Lunatic asylums in Bengal annual reports 1888-1898 - 1888-1898
Year: 1888
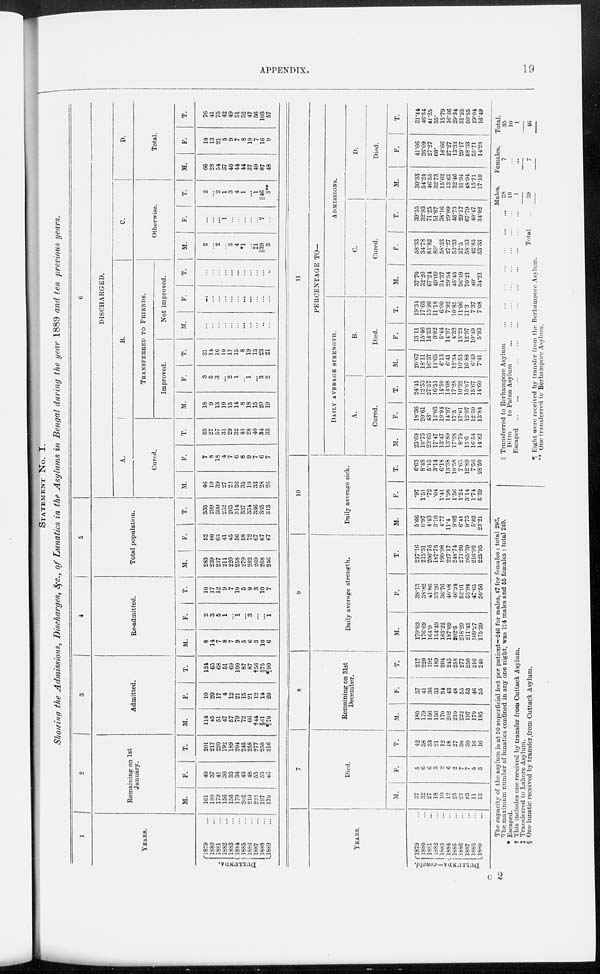
APPENDIX.
19
STATEMENT
NO. I.
Showing the Admissions, Discharges, &c., of Lunatics in the Asylums in Bengal during the year 1889 and ten previous years.
1
YEARS.
DULLUNDA.
1879 ...
1880 ...
1881 ...
1882 ...
1883 ...
1884 ...
1885 ...
1886 ...
1887 ...
1888 ...
1889 ...
2
Remaining on 1st
January.
M.
161
180
179
156
156
170
202
210
222
197
170
F.
40
37
41
36
33
34
43
48
55
53
46
T.
201
217
220
192
189
204
245
258
277
250
216
3
Admitted.
M.
114
45
51
47
57
79
72
66
†44
§61
¶70
F.
10
20
17
4
12
21
15
21
12
14
20
T.
124
65
68
51
69
100
87
87
†56
§75
¶90
4
Re-admitted.
M.
8
14
7
8
7
9
5
6
3
10
6
F.
2
3
5
1
...
1
...
3
...
...
1
T.
10
17
12
9
7
10
5
9
3
10
7
5
Total population.
M.
283
239
237
211
220
258
279
282
269
268
246
F.
52
60
63
41
45
56
58
72
67
67
67
T.
335
299
300
252
265
814
337
354
336
335
313
6
DISCHARGED.
A.
Cured.
M.
46
19
39
27
22
26
35
19
33
28
26
F.
7
8
18
4
7
6
8
9
7
6
7
T.
53
27
57
31
29
32
43
28
40
34
33
B.
TRANSFERRED TO FRIENDS.
Improved.
M.
18
9
13
10
15
14
8
18
15
20
19
F.
3
5
3
...
2
1
...
1
...
3
2
T.
21
14
16
10
17
15
8
19
15
23
21
Not improved.
M.
...
...
...
...
...
...
...
...
...
...
...
F.
...
...
...
...
...
...
...
...
...
...
...
T.
...
...
...
...
...
...
...
...
...
...
...
C.
Otherwise.
M.
2
...
2
...
3
4
*1
...
‡1
||39
3
F.
...
...
...
1
...
...
...
...
...
7
...
T.
2
...
2
1
3
4
1
...
1
||46
3**
D.
Total.
M.
66
28
54
37
40
44
44
37
49
87
48
F.
10
13
21
5
9
7
8
10
7
16
9
T.
76
41
75
42
49
51
52
47
56
103
57
YEARS.
DULLUNDA—concld.
1879 ...
1880 ...
1881 ...
1882 ...
1883 ...
1884 ...
1885 ...
1886 ...
1887 ...
1888 ...
1889 ...
7
Died.
M.
37
32
27
18
10
12
25
23
23
11
13
F.
5
6
6
3
2
6
2
7
7
5
3
T.
42
38
33
21
12
18
27
30
30
16
16
8
Remaining on 31st
December.
M.
180
179
156
156
170
202
210
222
197
170
185
F.
37
41
36
33
34
43
48
55
53
46
55
T.
217
220
192
189
204
245
258
277
250
216
240
9
Daily average strength.
M.
179.03
176.69
164.9
154.49
163.22
187.09
202.5
218.29
211.45
169.27
175.39
F.
38.13
38.82
41.86
33.26
36.76
40.08
46.24
52.91
53.94
47.65
50.56
T.
217.16
215.51
206.76
187.75
199.98
227.17
248.74
271.20
265.39
216.92
225.95
10
Daily average sick.
M.
5.66
6.97
4.43
3.10
4.77
11.4
9.02
6.41
9.75
5.82
23.21
F.
.97
1.51
.72
.04
1.41
1.98
1.56
1.24
3.14
1.74
5.29
T.
6.63
8.48
5.15
3.14
6.18
13.38
10.58
7.65
12.89
7.56
28.50
11
PERCENTAGE TO—
DAILY
AVERAGE
STRENGHT.
A.
Cured.
M.
25.69
10.75
23.65
17.47
13.47
13.89
17.28
8.70
15.6
16.54
14.82
F.
18.36
20.61
43.
12.03
19.04
14.97
17.3
17.01
12.97
12.59
13.84
T.
24.41
12.53
27.57
16.51
14.50
14.08
17.28
10.32
15.07
15.67
14.60
B.
Died.
M.
20.67
18.11
16.37
11.65
6.13
6.41
12.34
10.53
10.88
6.49
7.41
F.
13.11
15.46
14.33
9.02
5.44
14.97
4.32
13.23
12.97
10.49
5.93
T.
19.34
17.63
15.96
11.18
6.00
7.92
10.85
11.06
11.3
7.37
7.08
ADMISSIONS.
C.
Cured.
M.
37.70
32.20
67.24
49.09
34.37
29.54
45.45
26.39
70.21
40.
34.21
F.
58.33
34.78
81.82
80.
58.33
27.27
53.33
37.5
58.33
42.85
33.33
T.
39.55
32.93
71.25
51.67
38.16
29.09
46.73
29.17
67.79
40.47
34.02
D.
Died.
M.
30.33
54.24
46.55
32.73
15.62
13 63
32.46
31.94
48.94
15.71
17.10
F.
41.66
26.09
27.27
60.
16.66
27.27
13.33
29.17
58.33
35.71
14.28
T.
31 .44
46.34
41.25
35.
15.79
16.36
29.34
31.25
50.85
19.04
16.49
The capacity of the asylum is at 50 superficial feet per patient—246 for males, 47 for females : total 293.
The maximum number of lunatics confined in any one night, was 194 males and 55 females : total 249.
* Escaped.
†This
includes one received by transfer from Cuttack Asylum.
‡ Transferred to Lahore Asylum.
§ One lunatic received by transfer from Cuttack Asylum.
|| Transferred to Berhampore Asylum
...
...
...
...
...
Ditto
to Patna Asylum
...
...
...
...
...
...
...
Escaped
...
...
...
...
...
...
...
...
...
Total ...
¶ Eight were received by transfer from the Berhampore Asylum.
** One transferred to Berhampore Asylum.
Males.
28
10
1
39
Females.
7
...
...
7
Total.
35
10
1
46
C 2